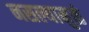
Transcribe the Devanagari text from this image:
नसल्यामुळं